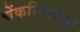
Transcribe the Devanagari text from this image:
चेंकतिरुकल्